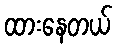
ထားနေတယ်